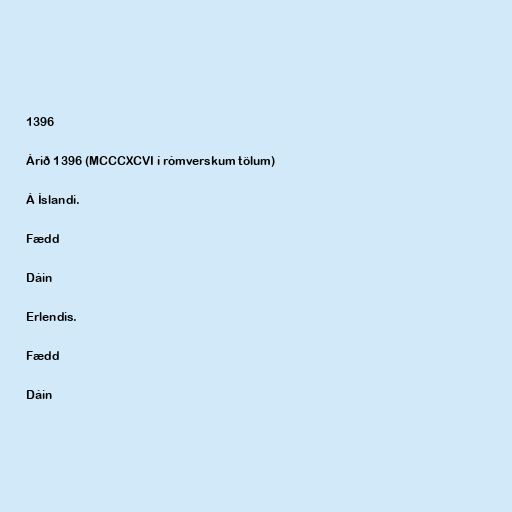
1396

Árið 1396 (MCCCXCVI í rómverskum tölum)

Á Íslandi.

Fædd

Dáin

Erlendis.

Fædd

Dáin